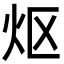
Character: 𬉼